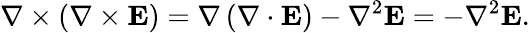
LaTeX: \nabla\times\left(\nabla\times\mathbf{E}\right)=\nabla\left(\nabla\cdot\mathbf{E}\right)-\nabla^{2}\mathbf{E}=-\nabla^{2}\mathbf{E}.